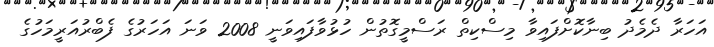
އަހަރާ ދެމެދު ބިނާކޮށްފައިވާ މިސްކިތް ރަސްމީގޮތުން ހުޅުވާފައިވަނީ 2008 ވަނަ އަހަރުގެ ފެބްރުއަރީމަހުގެ